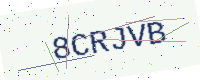
Text: 8CRJVB